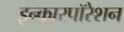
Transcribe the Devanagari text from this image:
इन्कारपॉरेशन